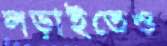
লড়াইতেও